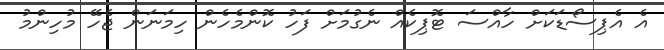
އެ އެޕިސޯޑަކަށް ހާއްސަ ޓޮޕިކެއް ނެގުމަށް ފަހު ކޮންމެހެން ހިމަނަން ޖެހޭ މުހިންމު